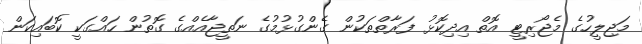
މަޖިލީހުގެ މެޖޯރިޓީ އޮތް އިދިކޮޅު ފަރާތްތަކުން ގެންގުޅުމުގެ ނަތީޖާއެއްގެ ގޮތުން ހައްގަކީ ކޮބައިކަން